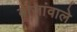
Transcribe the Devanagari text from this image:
बाजांवाले